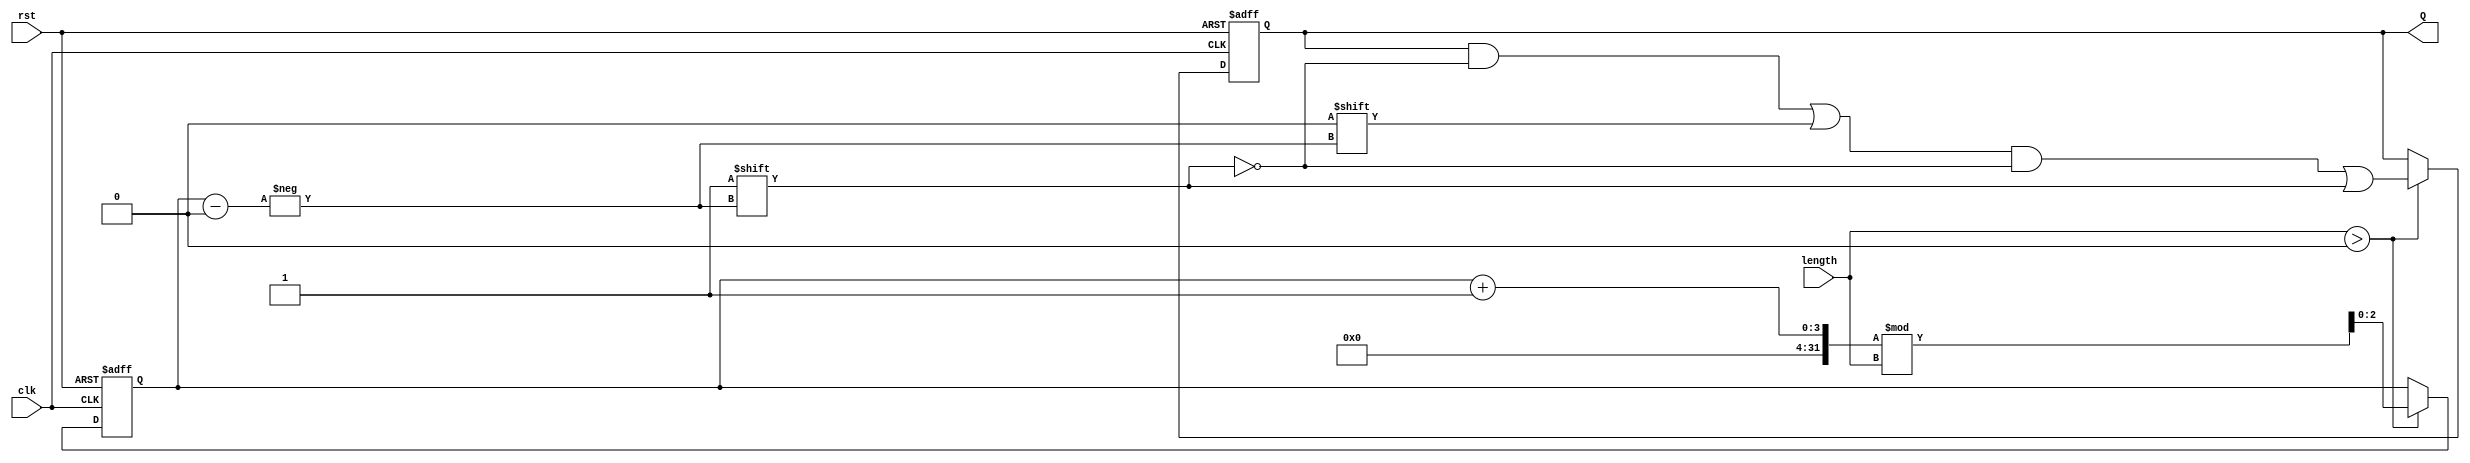
module var_length_ring_counter #(parameter MAX_LENGTH = 8) (
    input wire clk,                   // Clock input
    input wire rst,                   // Asynchronous reset
    input wire [$clog2(MAX_LENGTH)-1:0] length, // Variable length input
    output reg [MAX_LENGTH-1:0] Q     // Counter outputs
);

    // Internal signal to keep track of the current state
    reg [$clog2(MAX_LENGTH)-1:0] current_state;

    // Asynchronous reset and state update on clock edge
    always @(posedge clk or posedge rst) begin
        if (rst) begin
            Q <= 0;                      // Reset all outputs
            Q[0] <= 1;                   // Set the first output to 1
            current_state <= 0;          // Initialize current state
        end else begin
            // Shift the '1' to the next position
            // Only if the current length is greater than 0
            if (length > 0) begin
                Q[current_state] <= 0;    // Clear current state
                current_state <= (current_state + 1) % length; // Move to next state
                Q[current_state] <= 1;     // Set the new current state to 1
            end
        end
    end

endmodule